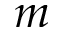
m